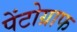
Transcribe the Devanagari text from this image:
पेंटोग्राफ